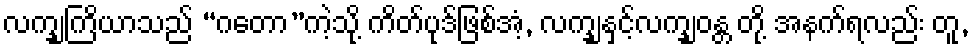
လက္ချကြိယာသည် “ဂတော”ကဲ့သို့ ကိတ်ပုဒ်ဖြစ်အံ့, လက္ချနှင့်လက္ချဝန္တ တို့ အနက်ရလည်း တူ,